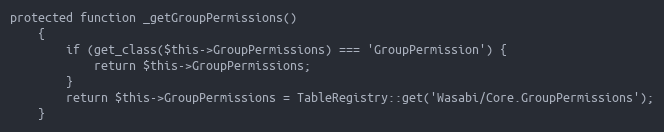
Language: PHP
protected function _getGroupPermissions()
    {
        if (get_class($this->GroupPermissions) === 'GroupPermission') {
            return $this->GroupPermissions;
        }
        return $this->GroupPermissions = TableRegistry::get('Wasabi/Core.GroupPermissions');
    }